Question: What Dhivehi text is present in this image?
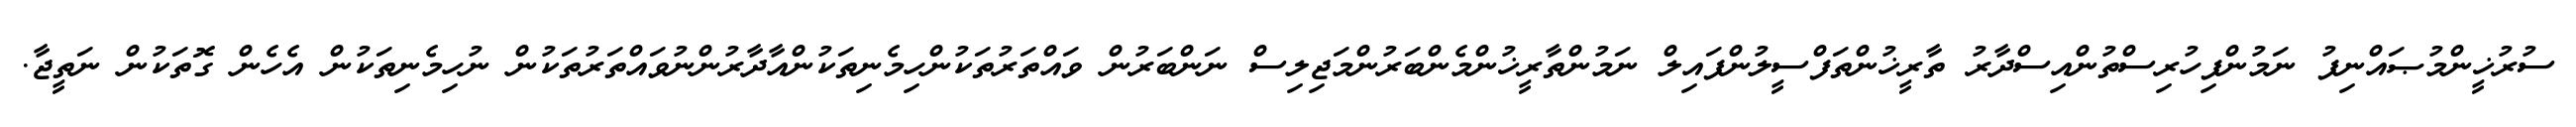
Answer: ސުރުޚީންމުޞައްނިފު ނަމުންފިހުރިސްތުންއިސްދާރު ތާރީޚުންތަފްސީލުންފައިލް ނަމުންތާރީޚުންމެންބަރުންމަޖިލިސް ނަންބަރުން ވައްތަރުތަކުންހިމެނިތަކުންއާދާރުންނުވައްތަރުތަކުން ނުހިމެނިތަކުން އެހެން ގޮތަކުން ނަތީޖާ.